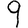
Digit: 9